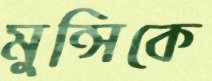
মুন্সিকে